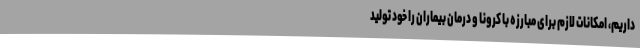
داریم، امکانات لازم برای مبارزه با کرونا و درمان بیماران را خود تولید